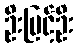
ဦးမြင့်ဦး